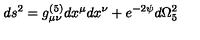
d s ^ { 2 } = g _ { \mu \nu } ^ { ( 5 ) } d x ^ { \mu } d x ^ { \nu } + e ^ { - 2 \psi } d \Omega _ { 5 } ^ { 2 }